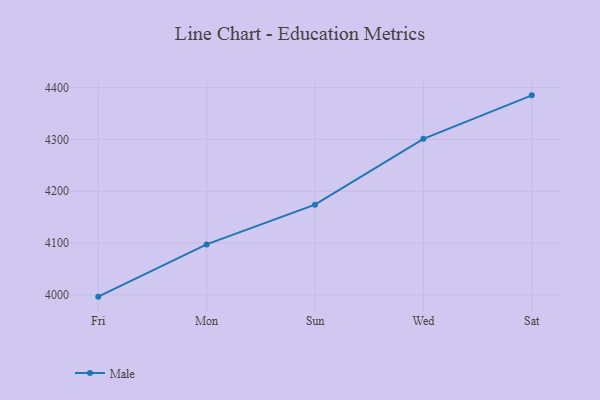
{"axis": {"x": "Day", "y": "Active Users"}, "legend": ["Male"], "data": [{"x": "Fri", "y": 3996.6, "type": "Male"}, {"x": "Mon", "y": 4097.4, "type": "Male"}, {"x": "Sun", "y": 4174.1, "type": "Male"}, {"x": "Wed", "y": 4301.1, "type": "Male"}, {"x": "Sat", "y": 4385.0, "type": "Male"}]}